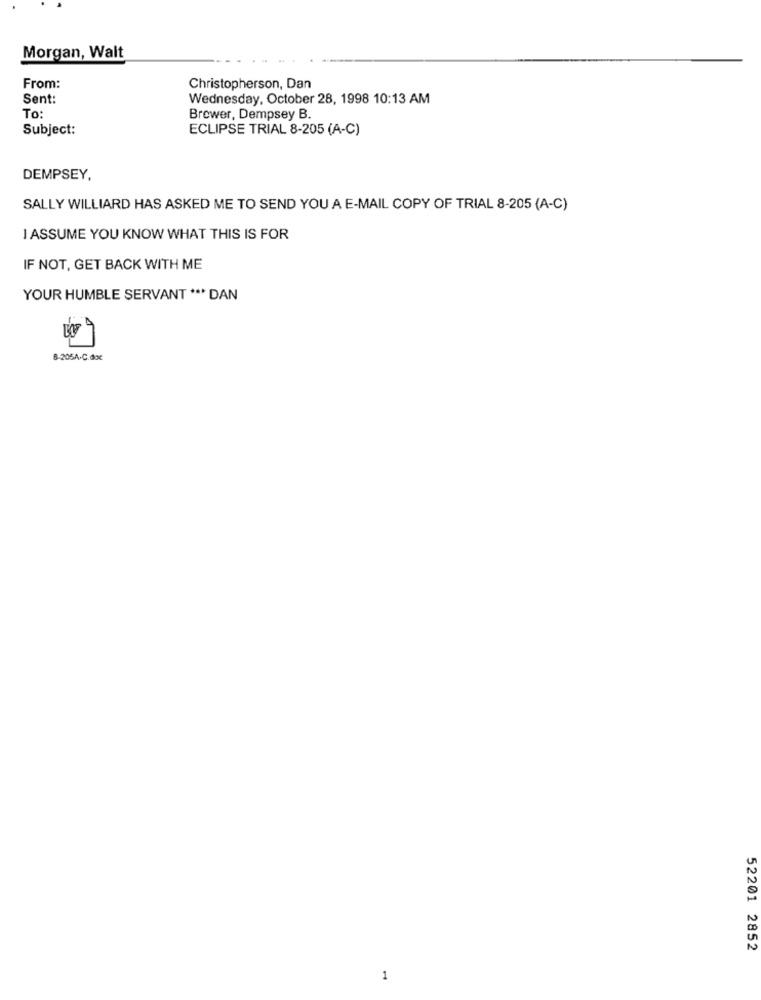
Morgan, Walt
From:
Christopherson, Dan
Sent:
Wednesday, October 28, 1998 10:13 AM
To
Brewer, Dempsey B.
Subject:
ECLIPSE TRIAL 8-205 (A-C)
DEMPSEY,
SALLY WILLIARD HAS ASKED ME TO SEND YOU A E-MAIL COPY OF TRIAL 8-205 (A-C)
I ASSUME YOU KNOW WHAT THIS IS FOR
IF NOT, GET BACK WITH ME
YOUR HUMBLE SERVANT *** DAN
8-205A.C.doc
52201 2852
1